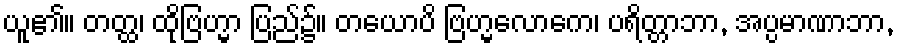
ယူ၏။ တတ္ထ၊ ထိုဗြဟ္မာ ပြည်၌။ တယောပိ ဗြဟ္မလောကေ၊ ပရိတ္တာဘာ, အပ္ပမာဏာဘာ,